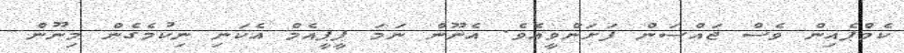
ކެމްޕެއިން ވެސް ޖައްސަން ފަށަންވީއެވެ. އެނޫން ނަމަ ޕީޕީއެމް އެކަނި ނިކުމެގެން މިނޫން